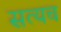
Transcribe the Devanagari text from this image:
सत्यच